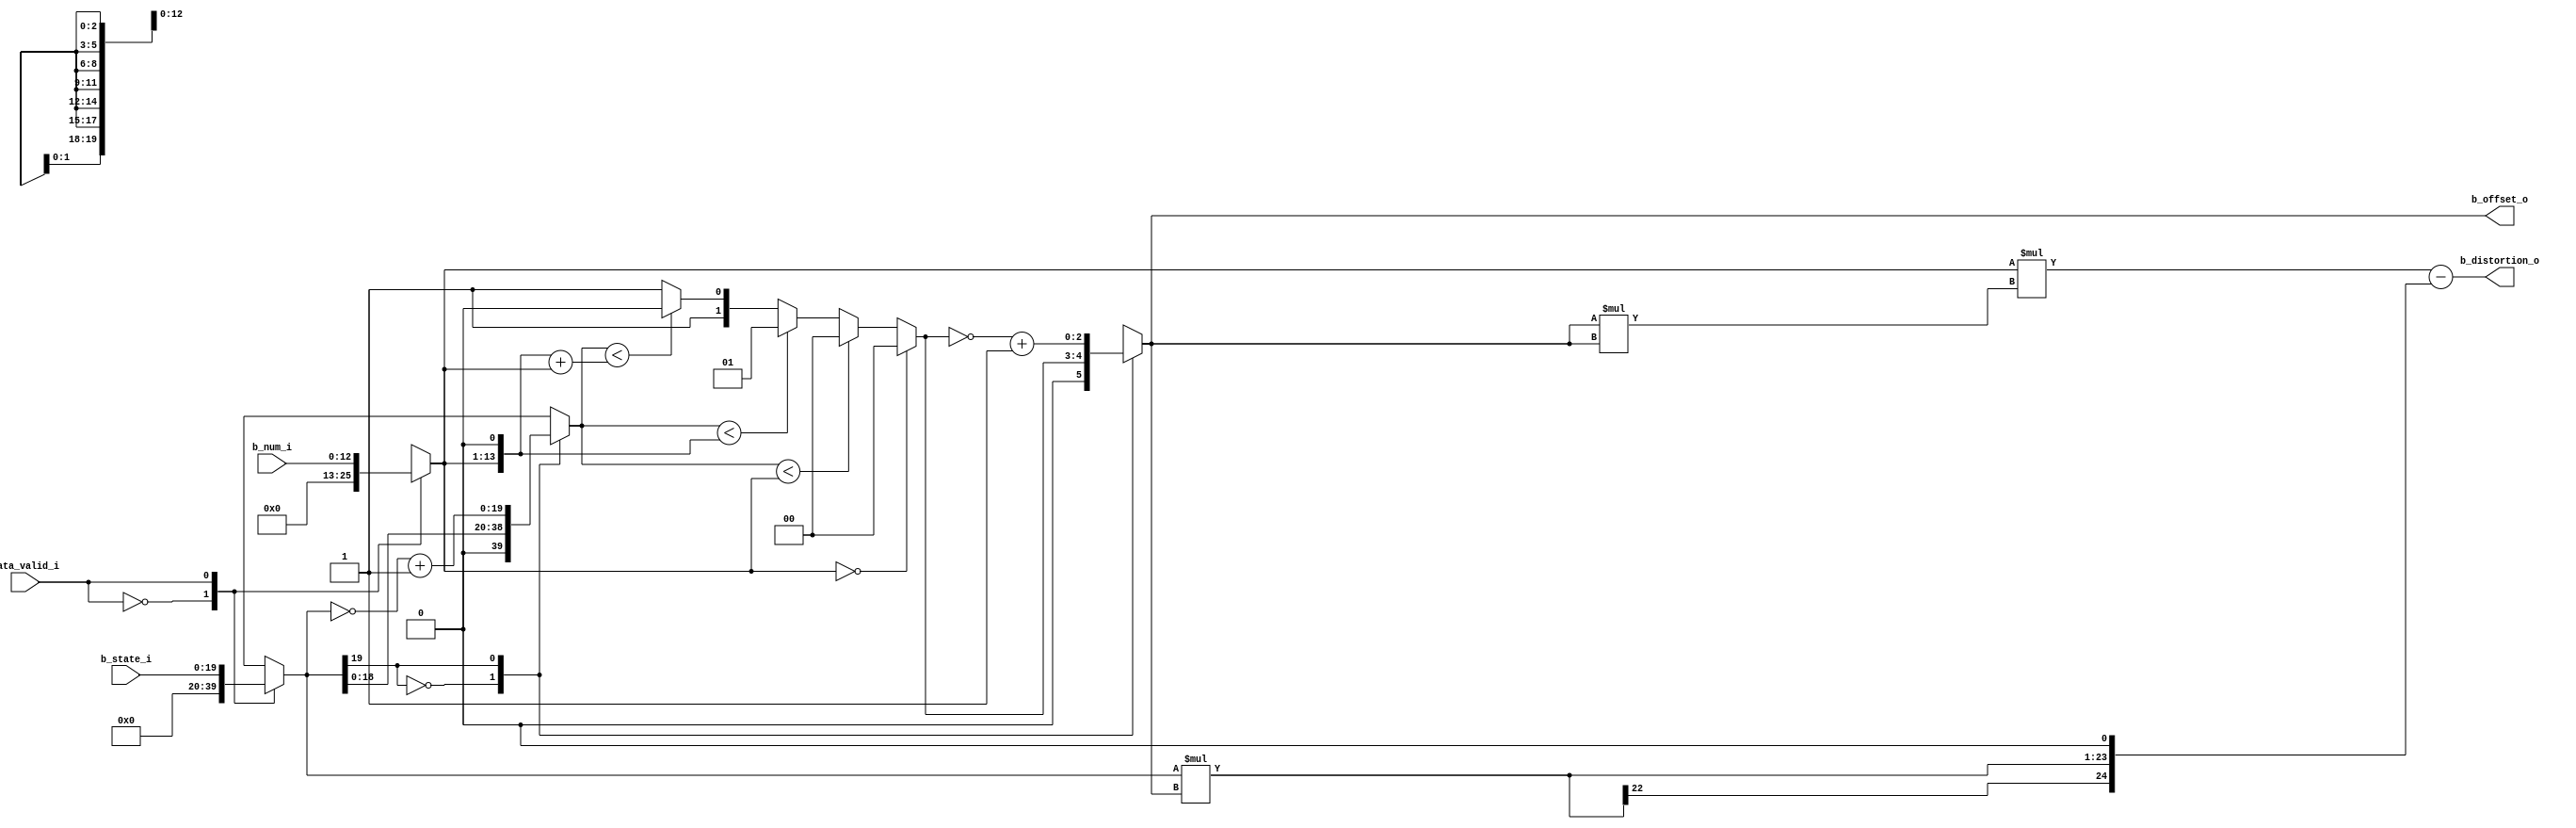
//-------------------------------------------------------------------
//                                                                 
//  COPYRIGHT (C) 2011, VIPcore Group, Fudan University
//                                                                  
//  THIS FILE MAY NOT BE MODIFIED OR REDISTRIBUTED WITHOUT THE      
//  EXPRESSED WRITTEN CONSENT OF VIPcore Group
//                                                                  
//  VIPcore       : http://soc.fudan.edu.cn/vip    
//  IP Owner 	  : Yibo FAN
//  Contact       : fanyibo@fudan.edu.cn             
//-------------------------------------------------------------------
// Description    : calculation the offset dependent on the band 
//                  number and state  
//-------------------------------------------------------------------
module db_sao_cal_offset(
                   b_state_i                   ,
                   b_num_i                     ,
				   data_valid_i                ,
				   b_offset_o                  ,
                   b_distortion_o          				   
				   
				);
//---------------------------------------------------------------------------
//
//                        INPUT/OUTPUT DECLARATION 
//
//----------------------------------------------------------------------------
parameter DATA_WIDTH	=	 128	                    ;
parameter PIXEL_WIDTH   =    8                          ;
parameter DIFF_WIDTH    =    20                         ;
parameter DIS_WIDTH     =    25                         ;

input  signed    [DIFF_WIDTH-1:0]    b_state_i          ;
input            [     12     :0]    b_num_i            ;
input                                data_valid_i       ;
output signed    [      2     :0]    b_offset_o         ;
output signed    [ DIS_WIDTH-1:0]    b_distortion_o     ;


reg    signed    [DIFF_WIDTH-1:0]    b_state_r          ;
reg              [     12     :0]    b_num_r            ;

reg              [DIFF_WIDTH-1:0]    b_state_unsigned_r ;
wire             [      14    :0]    b_num_m2_w         ;
wire             [      14    :0]    b_num_m3_w         ;
reg              [      1     :0]    b_offset_unsigned_r;
reg    signed    [      2     :0]    b_offset_r         ;

always @* begin 
    case(data_valid_i)
        1'b0 :begin b_state_r = 'd0      ; b_num_r = 13'd0  ;end
	    1'b1 :begin b_state_r = b_state_i; b_num_r = b_num_i;end	
    endcase 
end



always @* begin 
    case(b_state_r[DIFF_WIDTH-1])
        1'b0 : b_state_unsigned_r  = {1'b0,b_state_r}   ;
	    1'b1 : b_state_unsigned_r  = (~b_state_r)+1'b1  ;	
    endcase 
end

assign    b_num_m2_w  =  {b_num_r,1'b0}                 ; 
assign    b_num_m3_w  =  {b_num_r,1'b0} +  b_num_r      ; 

always @* begin 
    if(!b_num_r)
        b_offset_unsigned_r   =    2'd0                 ;
	else if(b_state_unsigned_r<b_num_r)	
		b_offset_unsigned_r   =    2'd0                 ;
	else if(b_state_unsigned_r<b_num_m2_w)	
		b_offset_unsigned_r   =    2'd1                 ;
	else if(b_state_unsigned_r<b_num_m3_w)	
		b_offset_unsigned_r   =    2'd2                 ;
	else 	
		b_offset_unsigned_r   =    2'd3                 ;
end 

always @* begin 
    case(b_state_r[DIFF_WIDTH-1])
        1'b0 : b_offset_r = {1'b0,b_offset_unsigned_r}  ;
        1'b1 : b_offset_r = ~(b_offset_unsigned_r)+1'b1 ;
	endcase
end 

wire signed   [ 5:0] temp1= b_offset_r * b_offset_r;
wire signed   [18:0] temp2= b_num_r    * temp1     ;
wire signed   [DIS_WIDTH-1:0] temp3= b_state_r*b_offset_r   ;


assign   b_offset_o   =     b_offset_r                  ;
assign   b_distortion_o =   temp2  - {temp3,1'b0}       ;


endmodule